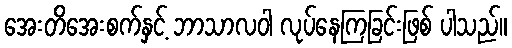
အေးတိအေးစက်နှင့် ဘာသာလဝါ လုပ်နေကြခြင်းဖြစ် ပါသည်။